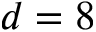
d = 8